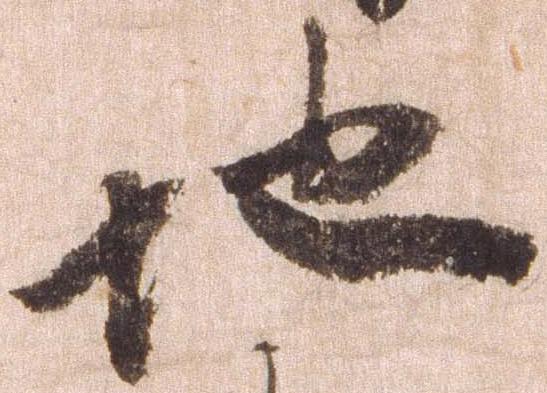
地